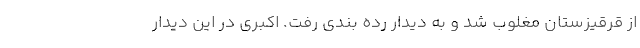
از قرقیزستان مغلوب شد و به دیدار رده بندی رفت. اکبری در این دیدار